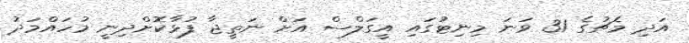
އަދި މެޗުގެ 31 ވަނަ މިނިޓުގައި އީގަލްސް އަށް ނަތީޖާ ފުޅާކޮށްދިނީ މުހައްމަދު